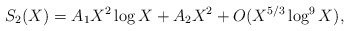
\begin{align*}S_2(X)=A_1X^2\log X+ A_2X^2+O(X^{5/3}\log^9 X),\end{align*}